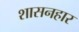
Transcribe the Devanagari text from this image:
शासनहार